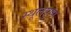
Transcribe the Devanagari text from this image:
स्थूलपुष्प